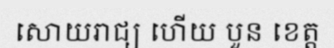
សោយរាជ្យ ហើយ បួន ខេត្ត